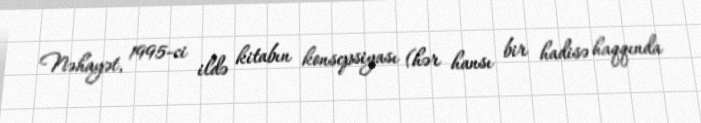
Nəhayət, 1995-ci ildə kitabın konsepsiyası (hər hansı bir hadisə haqqında